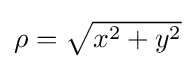
{\textstyle \rho ={\sqrt {x^{2}+y^{2}}}}